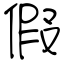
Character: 假